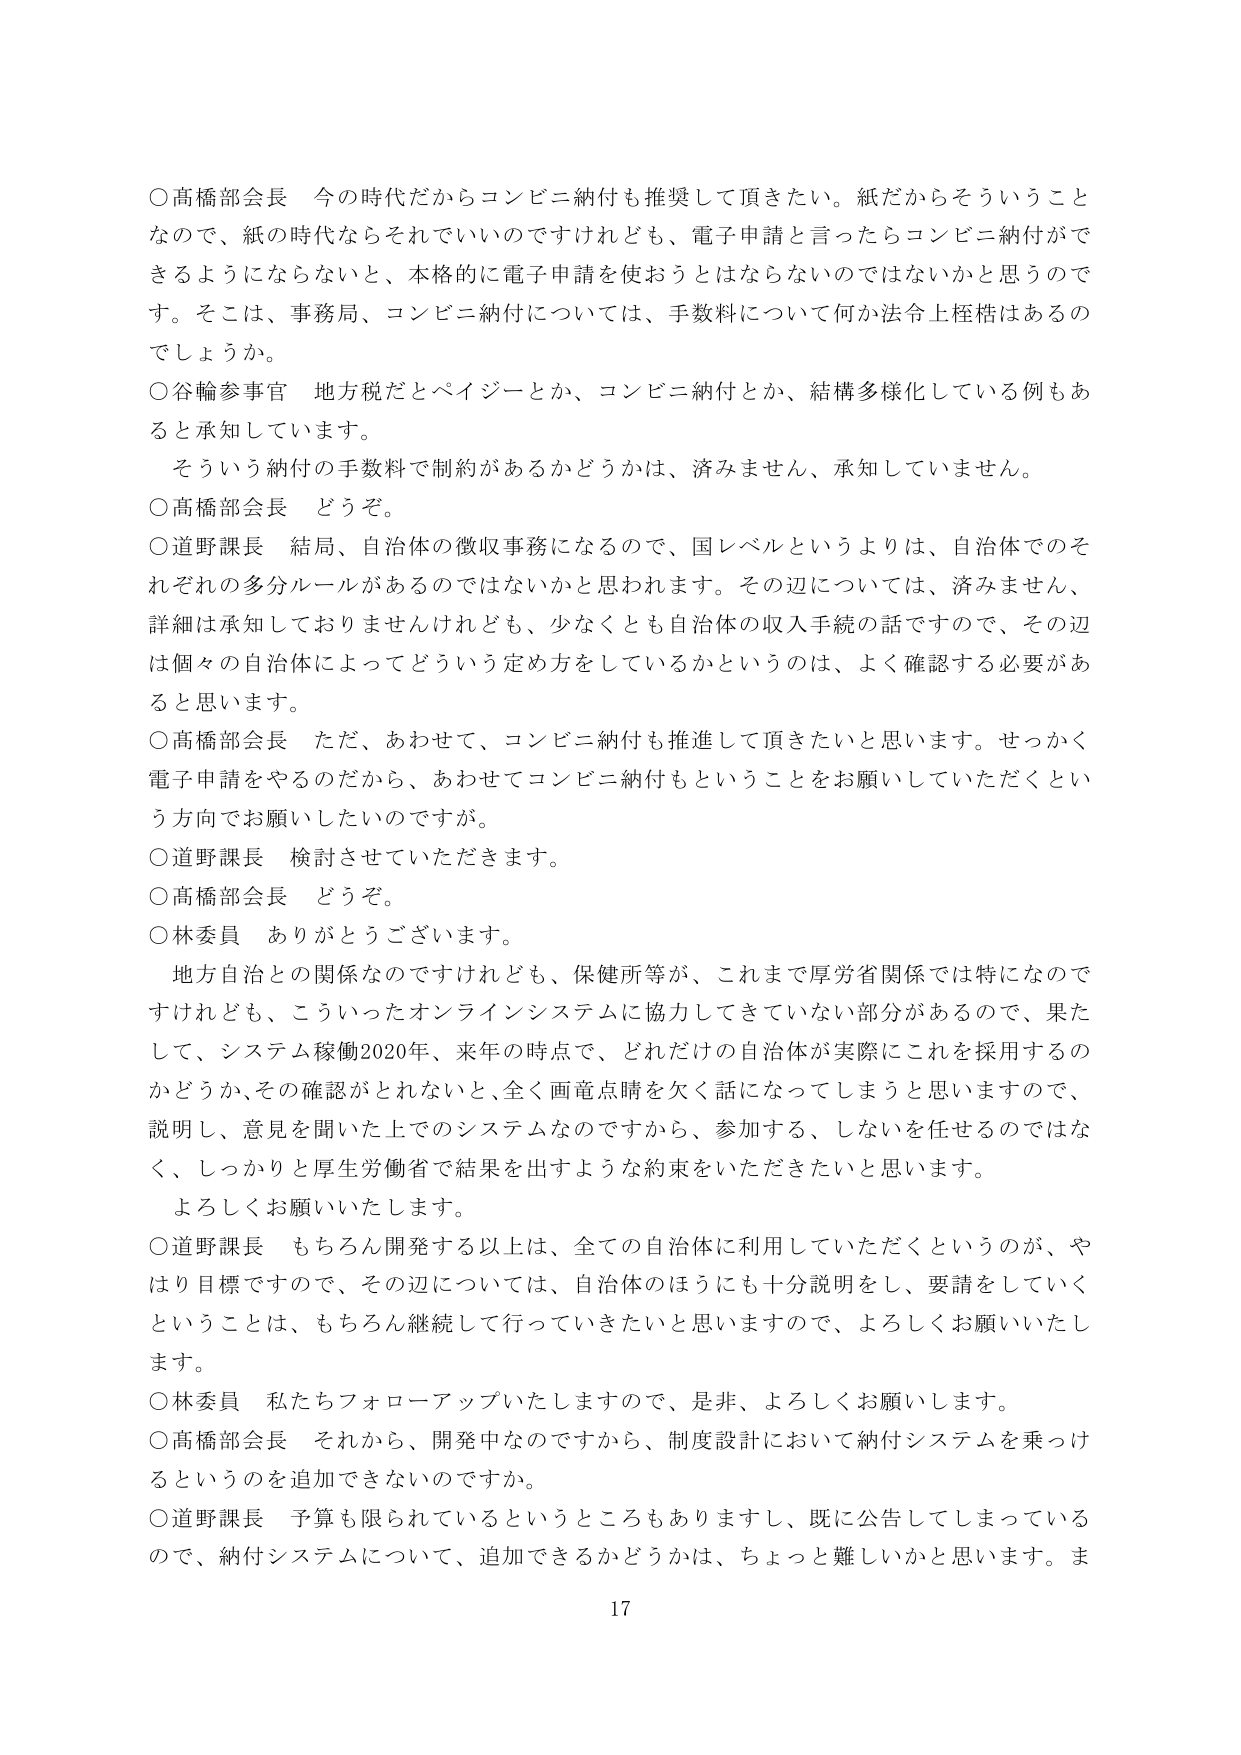
○高橋部会長　今の時代だからコンビニ納付も推奨して頂きたい。紙だからそういうことなので、紙の時代ならそれでいいですけれども、電子申請と言ったらコンビニ納付ができるようにならないと、本格的に電子申請を使おうとはならないのではないかと思うのです。そこは、事務局、コンビニ納付については、手数料について何か法令上桎梏はあるのでしょうか。

○谷輪参事官　地方税だとペイジーとか、コンビニ納付とか、結構多様化している例もあると承知しています。
　そういう納付の手数料で制約があるかどうかは、済みません、承知していません。

○高橋部会長　どうぞ。

○道野課長　結局、自治体の徴収事務になるので、国レベルというよりは、自治体でのそれぞれの多分ルールがあるのではないかと思われます。その辺については、済みません、詳細は承知しておりませんけれども、少なくとも自治体の収入手続の話ですので、その辺は個々の自治体によってどういう定め方をしているかというのは、よく確認する必要があると思います。

○高橋部会長　ただ、あわせて、コンビニ納付も推進して頂きたいと思います。せっかく電子申請をやるのだから、あわせてコンビニ納付もということをお願いしていただくという方向でお願いしたいのですが。

○道野課長　検討させていただきます。

○高橋部会長　どうぞ。

○林委員　ありがとうございます。
　地方自治との関係なのですけれども、保健所等が、これまで厚労省関係では特になのですけれども、こういったオンラインシステムに協力してきていない部分があるので、果たして、システム稼働2020年、来年の時点で、どれだけの自治体が実際にこれを採用するかどうか、その確認がとれないとき、全く画竜点睛を欠く話になってしまうと思いますので、説明し、意見を聞いた上でのシステムなのですから、参加する、しないを任せるのではなく、しっかりと厚生労働省で結果を出すような約束をいただきたいと思います。
　よろしくお願いいたします。

○道野課長　もちろん開発する以上は、全ての自治体に利用していただくというのが、やはり目標ですので、その辺については、自治体のほうにも十分説明をし、要請をしていくということは、もちろん継続して行っていきたいと思いますので、よろしくお願いいたします。

○林委員　私たちフォローアップいたしますので、是非、よろしくお願いします。

○高橋部会長　それから、開発中なのですから、制度設計において納付システムを乗っけるというのを追加できないのですか。

○道野課長　予算も限られているというところもありますし、既に公告してしまっているので、納付システムについて、追加できるかどうかは、ちょっと難しいかと思います。ま

17